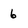
Character: 6